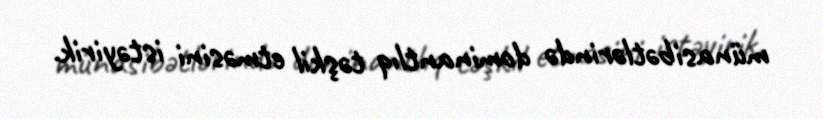
münasibətlərində dominantlıq təşkil etməsini istəyirik.